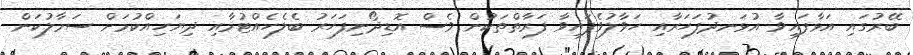
ބޭރުގައި އަޅާފައިވާ އުޅަނދުފަހަރާއި ހަވާލުވެފައިވާ ފަރާތްތަކުން ވެސް އޮޑިދޯނިފަހަރު ބެލެހެއްޓުމާއި ދިޔަހިއްކުމަށް ސަމާލުކަން